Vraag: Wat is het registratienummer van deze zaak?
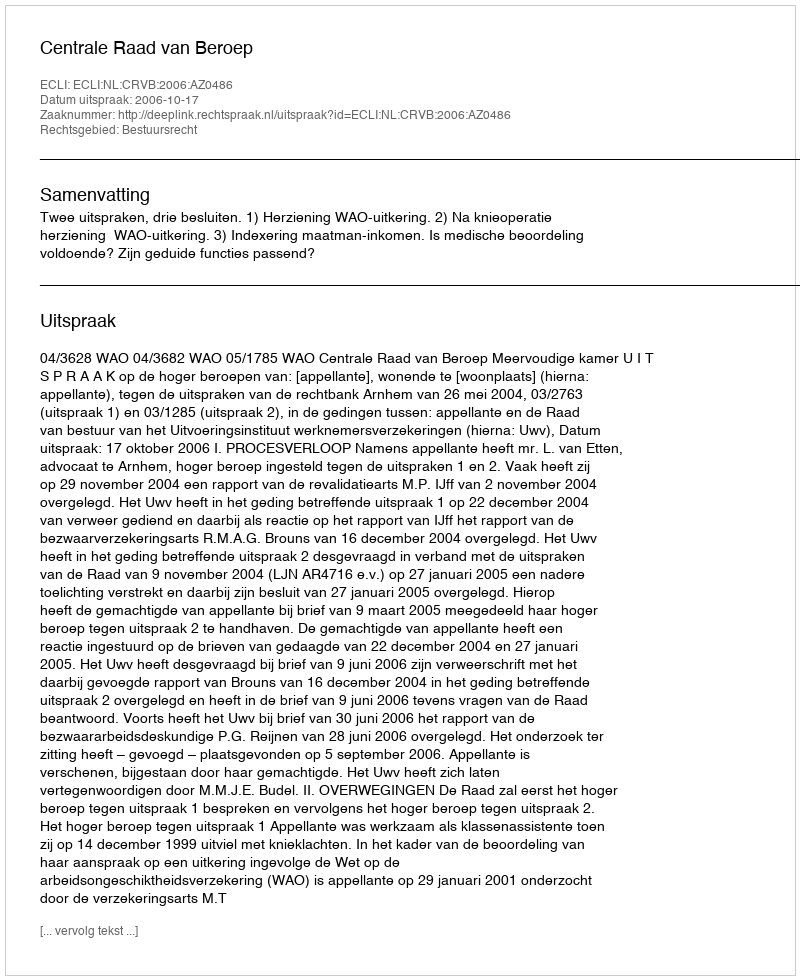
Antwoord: http://deeplink.rechtspraak.nl/uitspraak?id=ECLI:NL:CRVB:2006:AZ0486